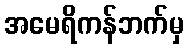
အမေရိကန်ဘက်မှ